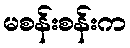
မစန်းစန်းက